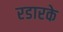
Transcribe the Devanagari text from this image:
रडारके